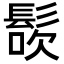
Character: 𩭜